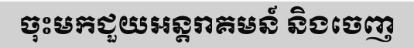
ចុះមកជួយអន្តរាគមន៍ និងចេញ